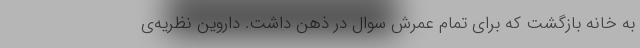
به خانه بازگشت که برای تمام عمرش سوال در ذهن داشت. داروین نظریه‌ی